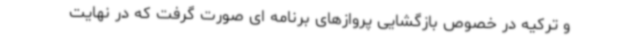
و ترکیه در خصوص بازگشایی پروازهای برنامه ای صورت گرفت که در نهایت